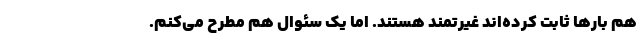
هم بارها ثابت کرده‌اند غیرتمند هستند. اما یک سئوال هم مطرح می‌کنم.